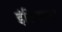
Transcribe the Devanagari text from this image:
इंडियनस